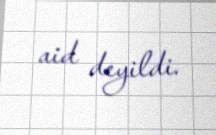
aid deyildi.